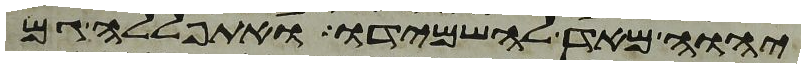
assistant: יהוה מאד להשמידו ואתפללה גם